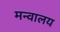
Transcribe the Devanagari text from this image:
मन्वालय